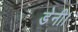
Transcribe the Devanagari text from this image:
डेनी।